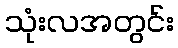
သုံးလအတွင်း